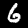
Label: 6